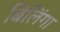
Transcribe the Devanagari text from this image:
बिलिंगा